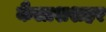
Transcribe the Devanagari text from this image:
कैलाशशहर